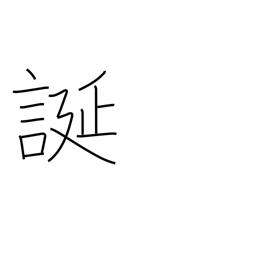
Meaning: be arbitrary